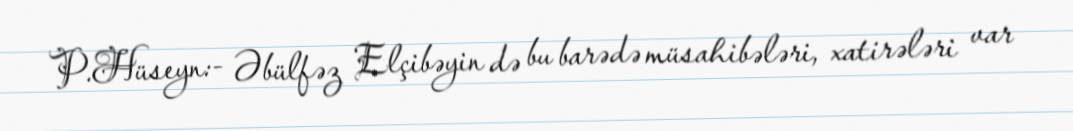
P.Hüseyn:- Əbülfəz Elçibəyin də bu barədə müsahibələri, xatirələri var